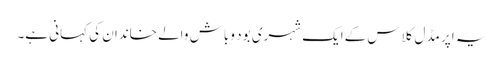
یہ اپر مڈل کلاس کےایک شہری بود و باش والے خاندان کی کہانی ہے۔